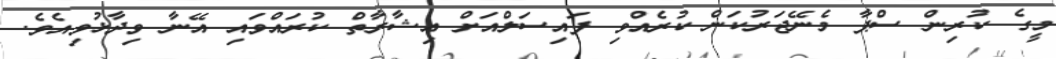
މީގެ ކުރިން ސްޕާ މެނޭޖަރުކަން ކުރެއްވި ފައިސަލްއަށް އިޝާރާތް ކުރައްވައި އޭނާ ވިދާޅުވިއެވެ.